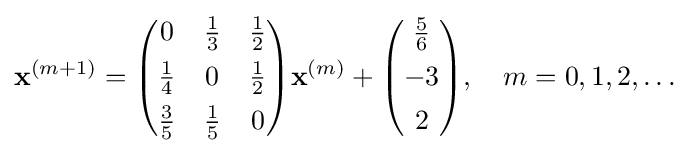
\mathbf {x} ^{(m+1)}={\begin{pmatrix}0&{\frac {1}{3}}&{\frac {1}{2}}\\[4pt]{\frac {1}{4}}&0&{\frac {1}{2}}\\[4pt]{\frac {3}{5}}&{\frac {1}{5}}&0\end{pmatrix}}\mathbf {x} ^{(m)}+{\begin{pmatrix}{\frac {5}{6}}\\[4pt]-3\\[4pt]2\end{pmatrix}},\quad m=0,1,2,\ldots